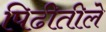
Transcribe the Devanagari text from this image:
पिढीतीले